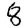
Digit: 8